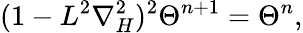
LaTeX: (1-L^{2}\nabla_{H}^{2})^{2}\Theta^{n+1}=\Theta^{n},